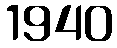
1940